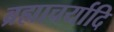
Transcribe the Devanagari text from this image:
ब्रह्माचर्यादि